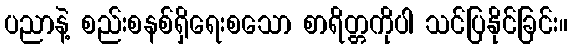
ပညာနဲ့ စည်းစနစ်ရှိရေးစသော စာရိတ္တကိုပါ သင်ပြနိုင်ခြင်း။